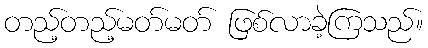
တည့်တည့်မတ်မတ် ဖြစ်လာခဲ့ကြသည်။